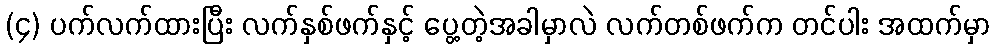
(၄) ပက်လက်ထားပြီး လက်နှစ်ဖက်နှင့် ပွေ့တဲ့အခါမှာလဲ လက်တစ်ဖက်က တင်ပါး အထက်မှာ